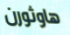
هاوثورن